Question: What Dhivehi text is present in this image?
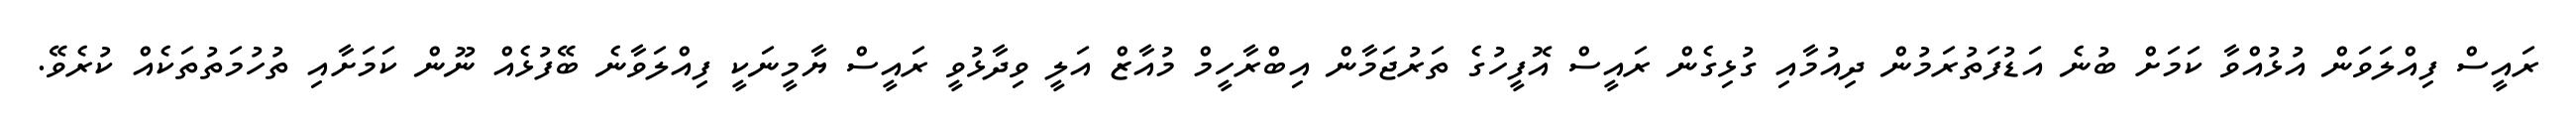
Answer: ރައީސް ފިއްލަވަން އުޅުއްވާ ކަމަށް ބުނެ އަޑުފަތުރަމުން ދިއުމާއި ގުޅިގެން ރައީސް އޮފީހުގެ ތަރުޖަމާން އިބްރާހީމް މުއާޒް އަލީ ވިދާޅުވީ ރައީސް ޔާމީނަކީ ފިއްލަވާނެ ބޭފުޅެއް ނޫން ކަމަށާއި ތުހުމަތުތަކެއް ކުރެވޭ.